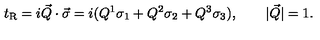
t _ { \mathrm { R } } = i \vec { Q } \cdot \vec { \sigma } = i ( Q ^ { 1 } \sigma _ { 1 } + Q ^ { 2 } \sigma _ { 2 } + Q ^ { 3 } \sigma _ { 3 } ) , \qquad | \vec { Q } | = 1 .